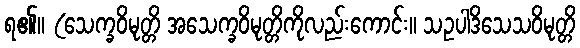
ရ၏။ (သေက္ခဝိမုတ္တိ အသေက္ခဝိမုတ္တိကိုလည်းကောင်း။ သဥပါဒိသေသဝိမုတ္တိ